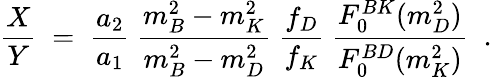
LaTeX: \frac{X}{Y}\; =\; \frac{a_{2}}{a_{1}}~\frac{m_{B}^{2}-m_{K}^{2}}{m_{B}^{2}-m_{D}^{2}}~\frac{f_{D}}{f_{K}}~\frac{F_{0}^{BK}(m_{D}^{2})}{F_{0}^{BD}(m_{K}^{2})}\; \; .